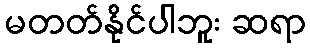
မတတ်နိုင်ပါဘူး ဆရာ